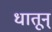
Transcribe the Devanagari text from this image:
धातून्